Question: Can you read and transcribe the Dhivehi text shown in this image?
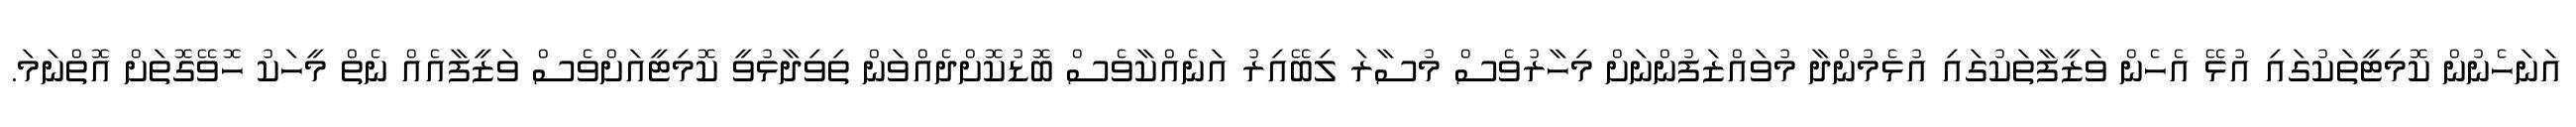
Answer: އަނަހެނުން ކޮމިޓީތަކުގައި އުޅޭ އެހެން ވަޒީފާތަކުގައި އުޅެމުންދާ މުވައްޒަފުންނަށް މިހާރުވެސް މުސާރަ ލިބޭއިރު އަނެއްކާވެސް ބޮޑުކޮށްދެއްވަން ތިވިދާޅުވީ ކޮމިޓީއަށްވެސް ވަޒީފާއެއް ނެތް މީހަކު ހޮވޭގޮތަށް އޮތްނަމަ.